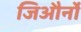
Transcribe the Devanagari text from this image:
जिऔर्नो